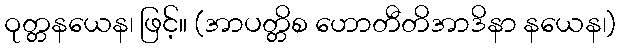
ဝုတ္တနယေန၊ ဖြင့်။ (အာပတ္တိစ ဟောတီတိအာဒိနာ နယေန၊)